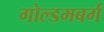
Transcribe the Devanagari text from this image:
गोल्डमबर्ग